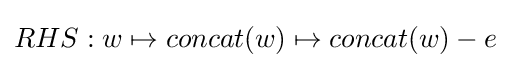
RHS:w\mapsto concat(w)\mapsto concat(w)-e